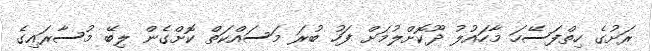
ރަށުގެ ހިތްފަސޭހަ މާހައުލު ދޫކޮށްލުމަށް ފަހު ބުރަ މަސައްކަތް ކޮށްގެން ލިބޭ މުސާރައިގެ